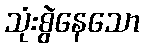
သုံးစွဲနေသော